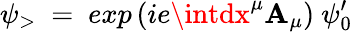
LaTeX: \psi_{>}~=~exp\left(ie\intdx^{\mu}\mathbf{A}_{\mu}\right)~\psi_{0}^{\prime}